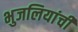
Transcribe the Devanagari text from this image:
भुजलियांची